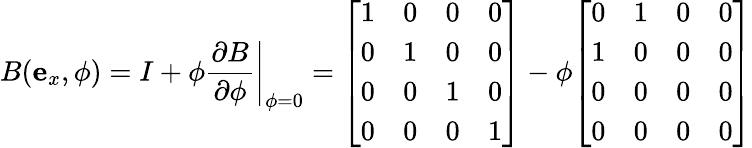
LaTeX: B(\mathbf{e}_{x},\phi)=I+\phi\left.{\frac{\partial B}{\partial\phi}}\right|_{\phi=0}={\left[\begin{array}{llll}{1}&{0}&{0}&{0}\\ {0}&{1}&{0}&{0}\\ {0}&{0}&{1}&{0}\\ {0}&{0}&{0}&{1}\end{array}\right]}-\phi{\left[\begin{array}{llll}{0}&{1}&{0}&{0}\\ {1}&{0}&{0}&{0}\\ {0}&{0}&{0}&{0}\\ {0}&{0}&{0}&{0}\end{array}\right]}